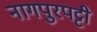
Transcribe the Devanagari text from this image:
नागपुरपट्टी